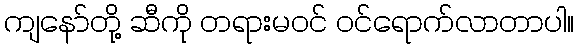
ကျနော်တို့ ဆီကို တရားမဝင် ဝင်ရောက်လာတာပါ။